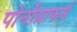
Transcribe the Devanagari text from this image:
पोर्नोग्राफर्स